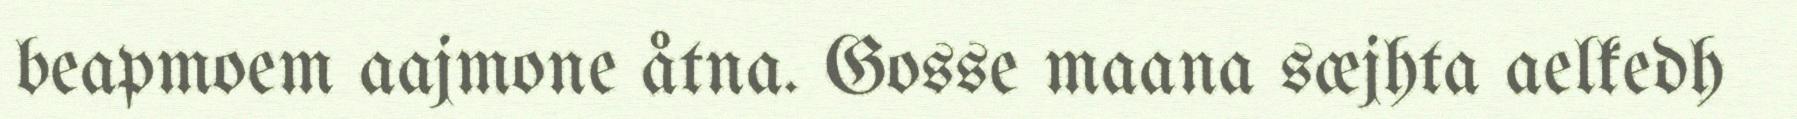
beapmoem aajmone åtna. Gosse maana sæjhta aelkedh